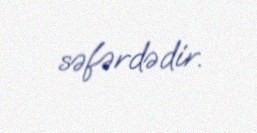
səfərdədir.